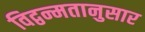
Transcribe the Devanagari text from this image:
विद्वन्मतानुसार